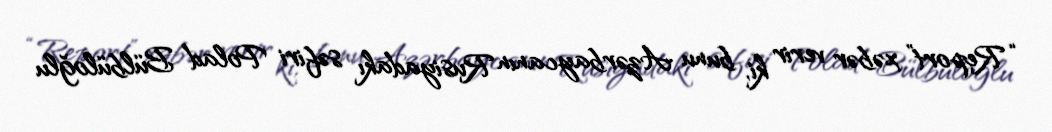
“Report” xəbər verir ki, bunu Azərbaycanın Rusiyadakı səfiri Polad Bülbüloğlu